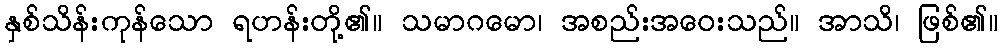
နှစ်သိန်းကုန်သော ရဟန်းတို့၏။ သမာဂမော၊ အစည်းအဝေးသည်။ အာသိ၊ ဖြစ်၏။